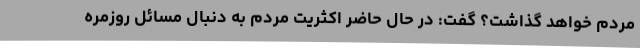
مردم خواهد گذاشت؟ گفت: در حال حاضر اکثریت مردم به دنبال مسائل روزمره